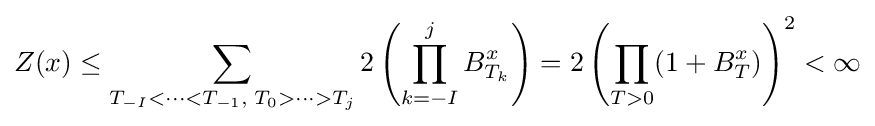
Z(x)\leq \sum _{T_{-I}<\cdots <T_{-1},\;T_{0}>\cdots >T_{j}}2\left(\prod _{k=-I}^{j}B_{T_{k}}^{x}\right)=2\left(\prod _{T>0}(1+B_{T}^{x})\right)^{2}<\infty